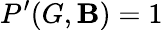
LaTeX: P^{\prime}(G,\mathbf{B})=1